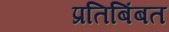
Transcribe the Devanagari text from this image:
प्रतिबिंबत